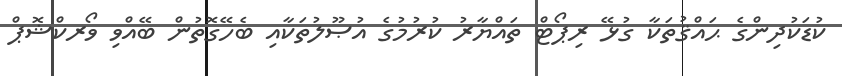
ކުޑަކުދިންގެ ޙައްޤުތަކާ ގުޅޭ ރިޕޯޓް ތައްޔާރު ކުރުމުގެ އުޞޫލުތަކާއި ބެހޭގޮތުން ބޭއްވި ވޯރކްޝޮޕް